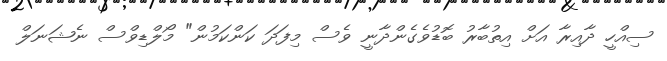
ސިއްހީ ދާއިރާ އަށް އިތުބާރު ބޮޑުވެގެންދާނީ ވެސް މިފަދަ ކަންކަމުން" މޯލްޑިވްސް ނެޝަނަލް